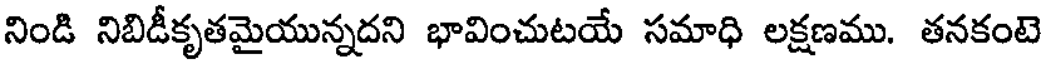
నిండి నిబిడీకృతమైయున్నదని భావించుటయే సమాధి లక్షణము. తనకంటె